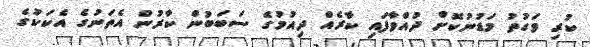
ކުރި ވަގުތު މަޑުނުކޮށް ދުއްވާފައި ކާރެއް ދިއުމުގެ ސަބަބުން ކާރުން އެތަނުގެ އެކަކުގެ